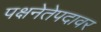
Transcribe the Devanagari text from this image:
पक्षनेतेपदावर